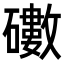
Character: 𥖻